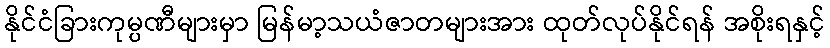
နိုင်ငံခြားကုမ္ပဏီများမှာ မြန်မာ့သယံဇာတများအား ထုတ်လုပ်နိုင်ရန် အစိုးရနှင့်